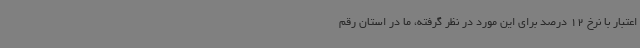
اعتبار با نرخ 12 درصد برای این مورد در نظر گرفته، ما در استان رقم